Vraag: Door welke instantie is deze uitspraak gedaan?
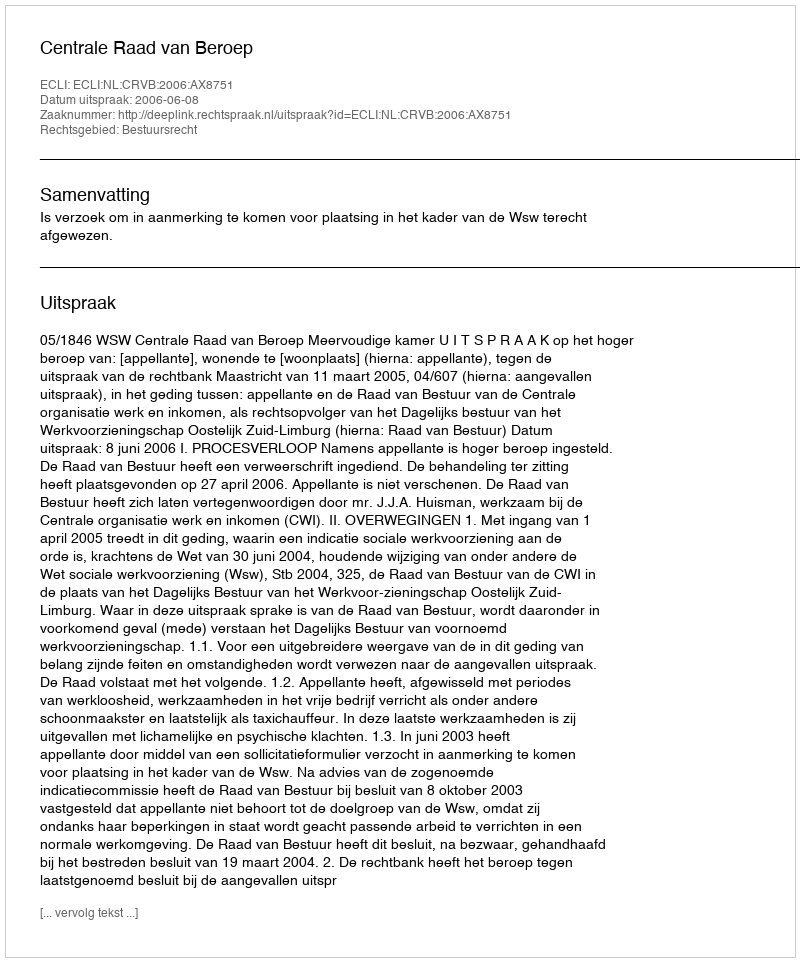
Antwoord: Centrale Raad van Beroep